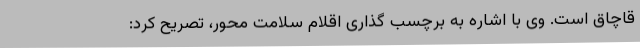
قاچاق است. وی با اشاره به برچسب ‌گذاری اقلام سلامت محور، تصریح کرد: